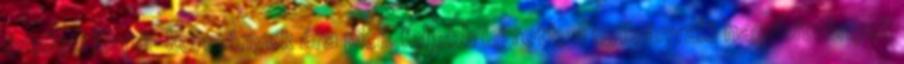
eredeti Nardi-kormányok ára picit feljebb ugrott, a nyilvánvaló hamisítványok